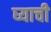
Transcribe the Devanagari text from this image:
घ्याची